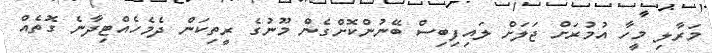
މަރާލި މީހާ އުމުރަށް ޖަލަށް ލައިފިބިސް ބޭނުންކޮށްގެން މޫނުގެ ރީތިކަން ދެމެހެއްޓިދާނެ ގޮތެއް